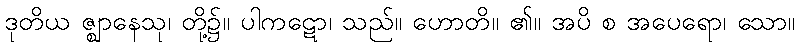
ဒုတိယ ဇ္ဈာနေသု၊ တို့၌။ ပါကဋော၊ သည်။ ဟောတိ။ ၏။ အပိ စ အပေရော၊ သော။